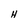
Character: H